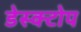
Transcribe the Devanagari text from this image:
डेस्क्टोप